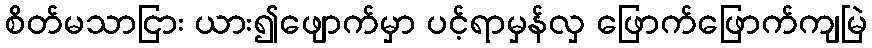
စိတ်မသာငြား ယား၍ဖျောက်မှာ ပင့်ရာမှန်လှ ဖြောက်ဖြောက်ကျမြဲ